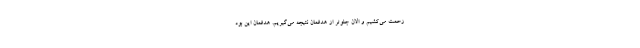
زحمت می‌کشیم و الان جلوتر از هدفمان نتیجه می‌گیریم. هدفمان این بود